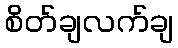
စိတ်ချလက်ချ